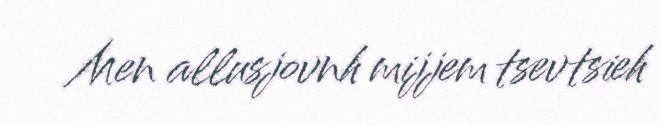
Men allusjovnh mijjem tsevtsieh